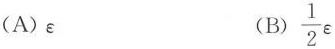
(A)\varepsilon (B)\frac{1}{2}\varepsilon